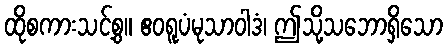
ထိုစကားသင့်စွ။ ဧဝရူပံမုသာဝါဒံ၊ ဤသို့သဘောရှိသော